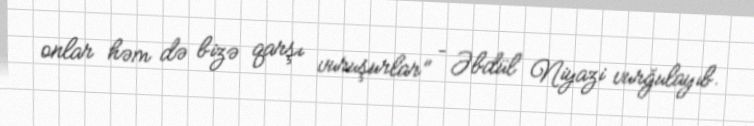
onlar həm də bizə qarşı vuruşurlar” – Əbdül Niyazi vurğulayıb.